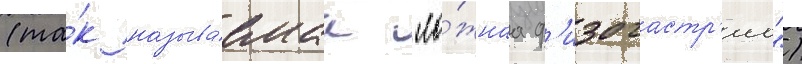
(та́к называ́емаа "ло́жнаа ф'изогастр'иа")